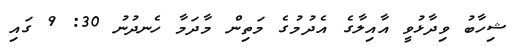
ޝިހާބު ވިދާޅުވީ އާއިލާގެ އެދުމުގެ މަތިން މާދަމާ ހެނދުނު 30: 9 ގައި